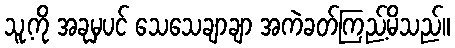
သူ့ကို အခုမှပင် သေသေချာချာ အကဲခတ်ကြည့်မိသည်။